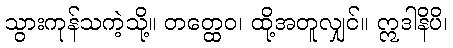
သွားကုန်သကဲ့သို့။ တတ္ထေဝ၊ ထို့အတူလျှင်။ ဣဒါနိပိ၊